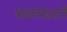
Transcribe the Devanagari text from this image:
फळफळते